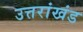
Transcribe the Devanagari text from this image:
उत्तरांखंड